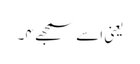
یعنی اسے سمجھے ۴۔